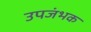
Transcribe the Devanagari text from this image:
उपजंभक